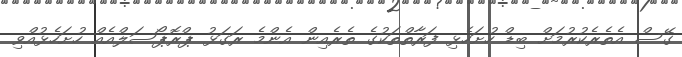
ގޭސް އެތެރެކުރުމަށް ބިޑް ހުށަހެޅި ފަރާތްތަކުގެ ތެރެއިން އެންމެ ރަގަޅު ޕްރޮޕޯސަލްއެއް ހުށަހެޅުއްވި